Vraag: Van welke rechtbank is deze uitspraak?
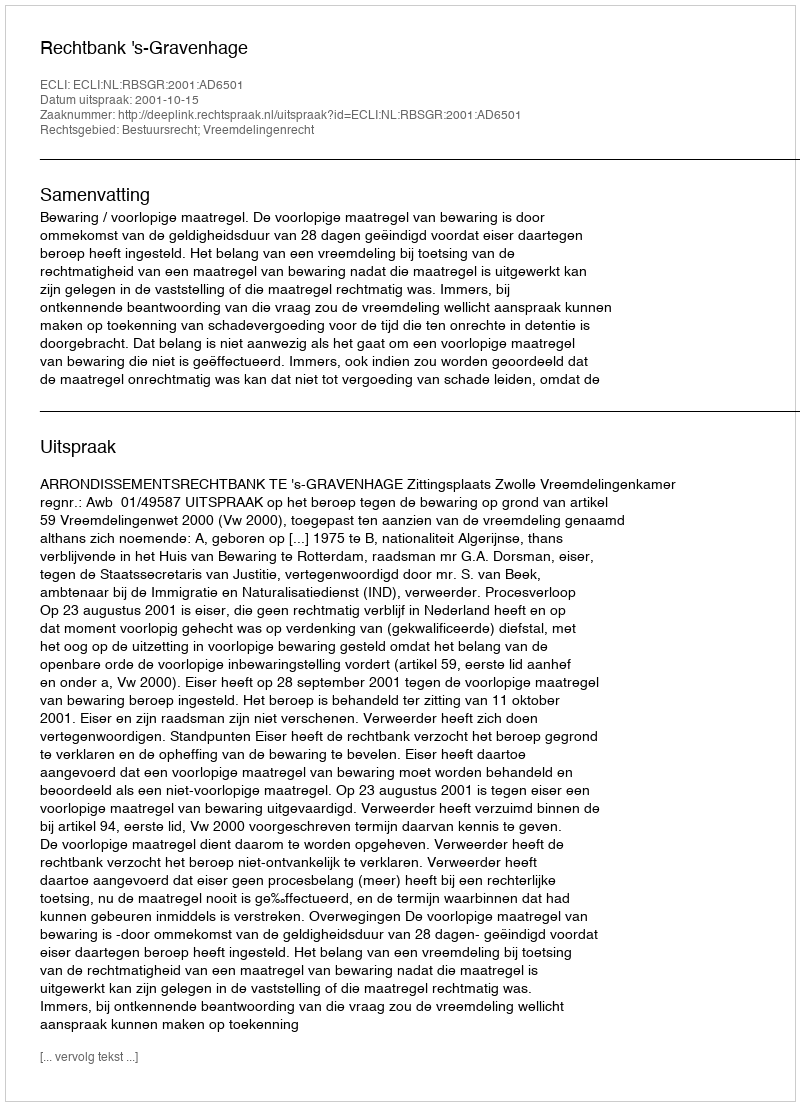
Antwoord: Rechtbank 's-Gravenhage